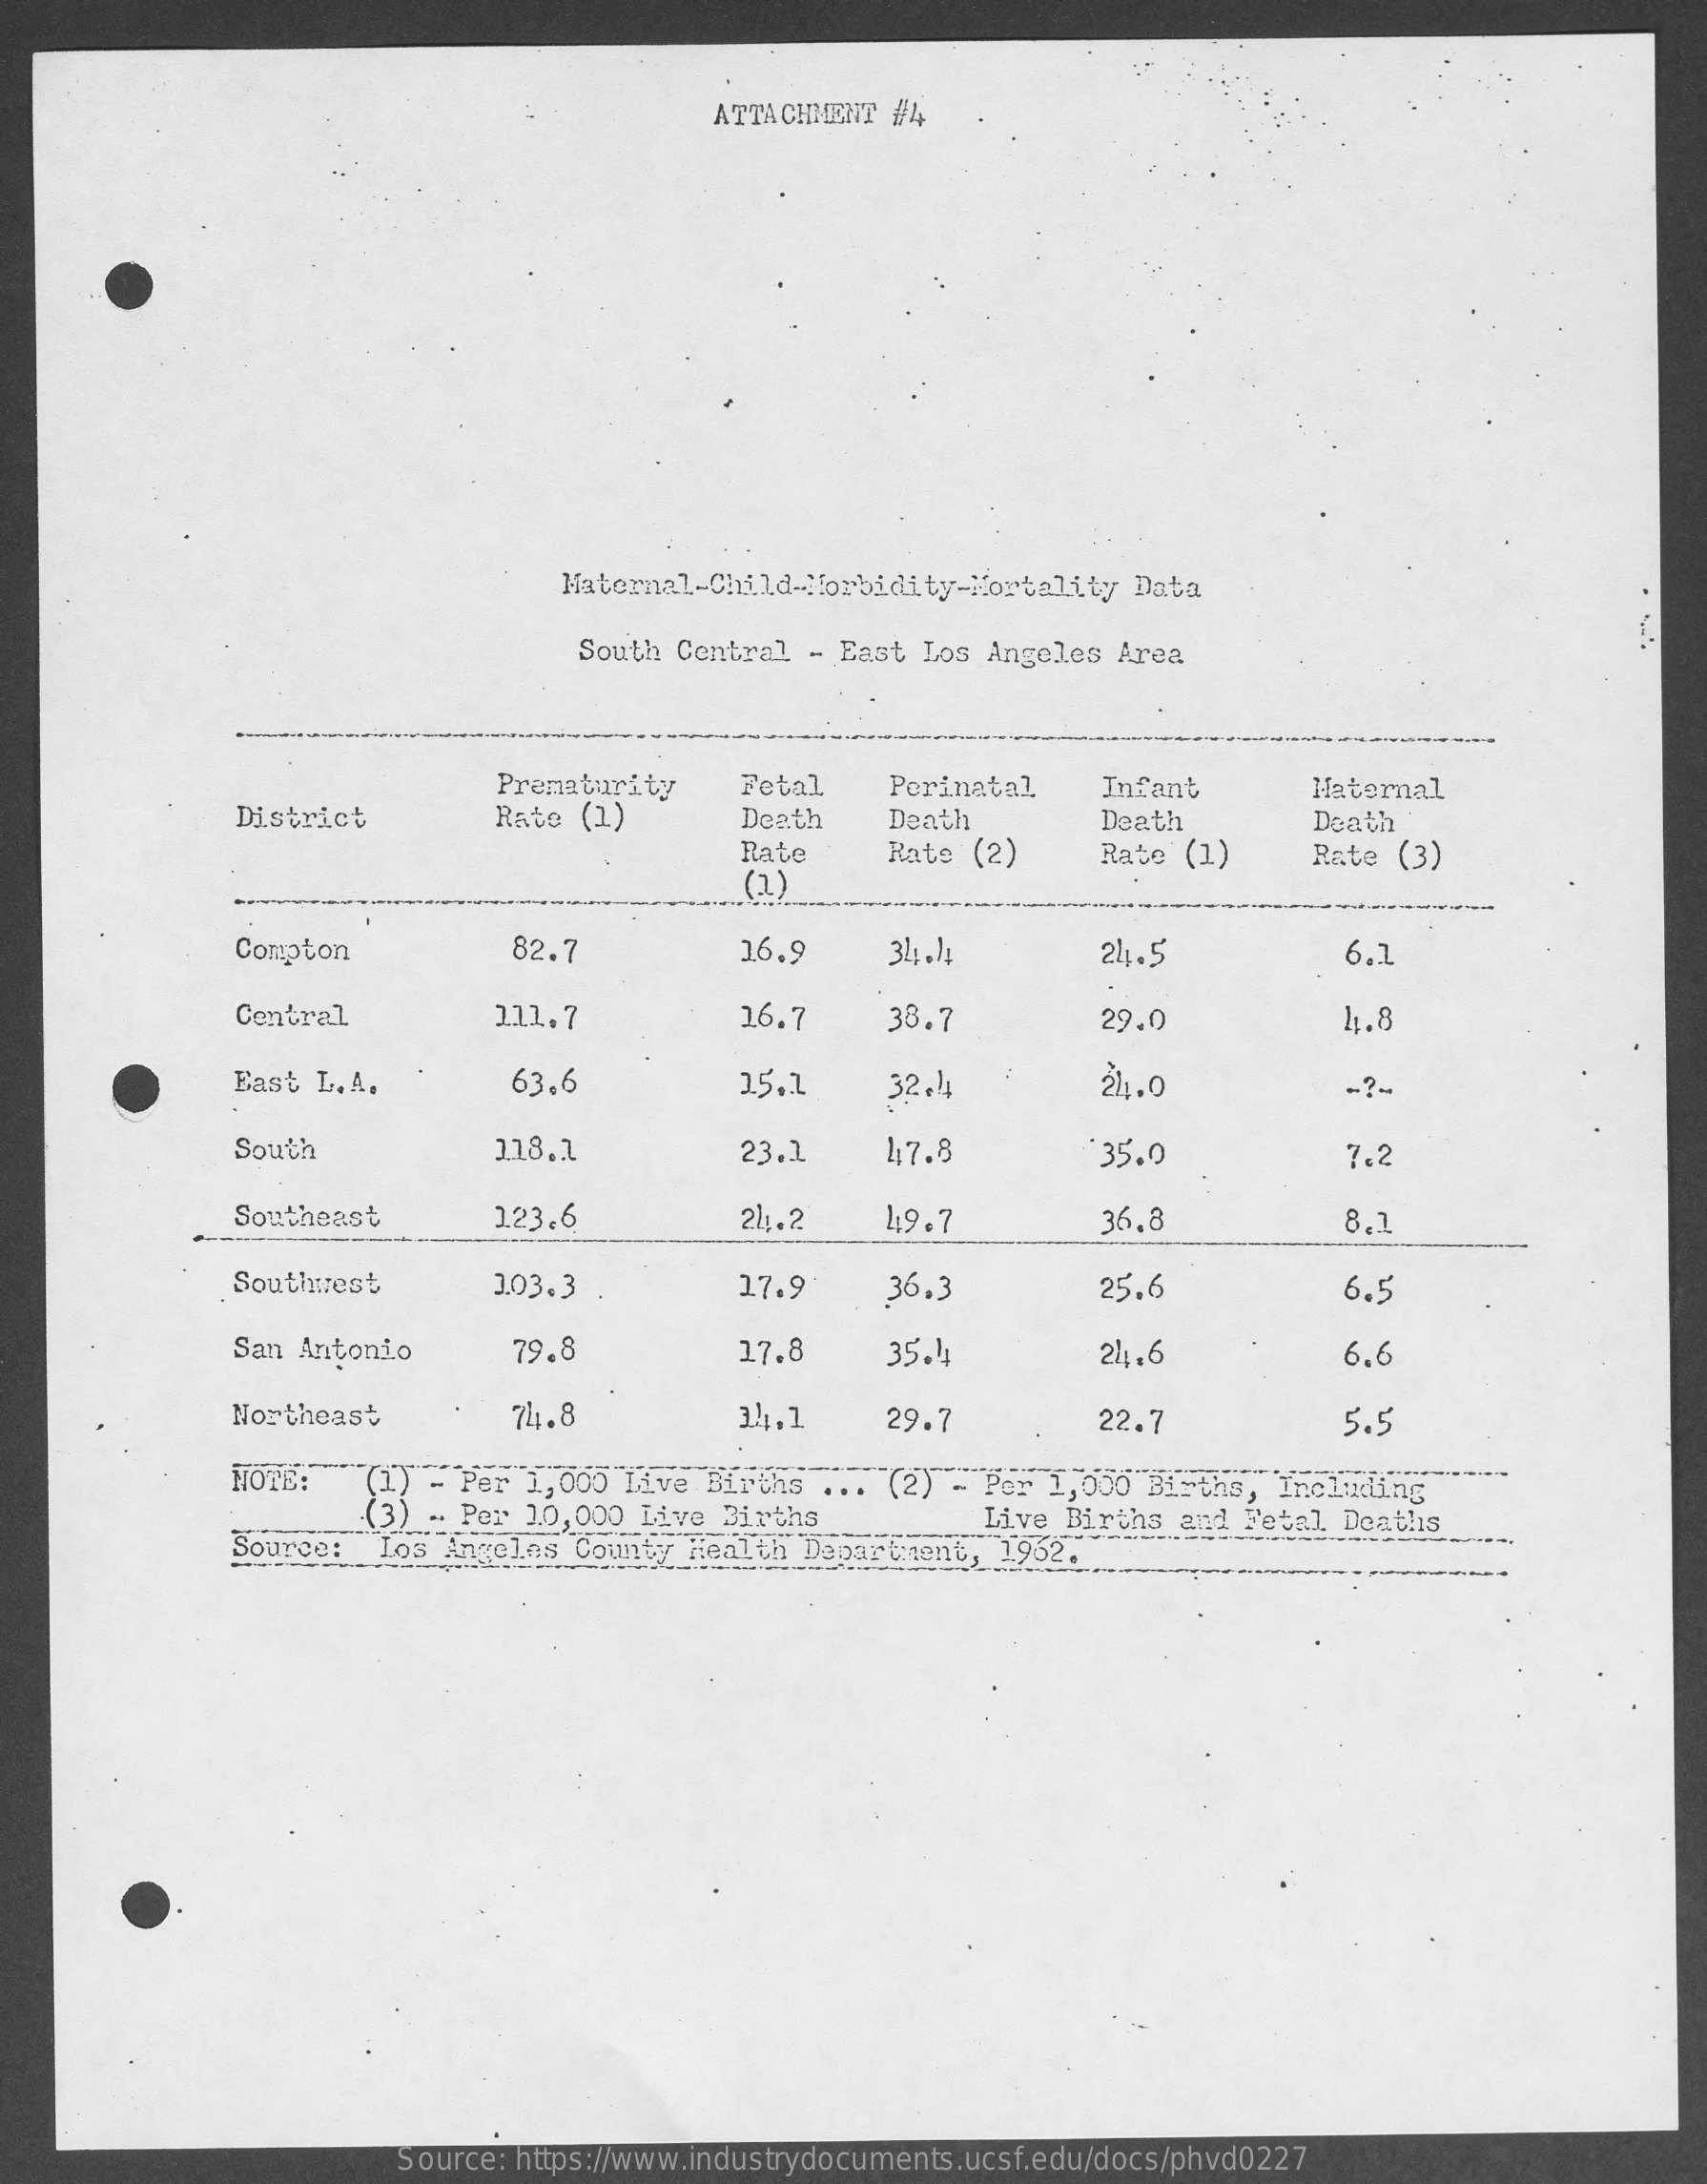
ATTACHMENT #4
     Maternal-Child-Morbidity-Mortality   Data
     South Central  - East Los Angeles  Area
     Prematurity    Fetal    Perinatal    Infant    Maternal
     District    Rate  (1)    Death    Death    Death    Death
     Rate
     (2)
     Rate (2)    Rate (1)    Rate  (3)
     Compton    82.7    16.9    31 ;. 11    24.5    6.1
     Central    111.7    16.7    38.7    29.0
     East  L. A.    63.6    15.1    32.4    21.0    ..?-
     South    118.1    23.1    47.8    35.0    7.2
     Southeast    123,6    21.2    4:9.7    36.8    8.1
     Southwest    1.03.3    17.9    36.3    25.6    6.5
     San Antonio    79.8    17.8    35.4    24.6    6.6
     Northeast    74.8    34.1    29.7    22.7    5.5
     NOTE:    (1) - Per 1,000 Live  Births ...  (2) - Per 1,000 Births,  Including
     (3) .. Per 10,000 Live Births    Live Births  and Fetal Deaths
     Source:   Los Angeles County  Health Department,  1962.
     Source: https://www.industrydocuments.ucsf.edu/docs/phvd0227